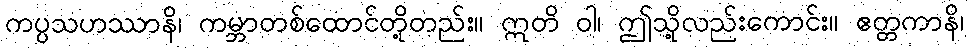
ကပ္ပသဟဿာနိ၊ ကမ္ဘာတစ်ထောင်တို့တည်း။ ဣတိ ဝါ၊ ဤသို့လည်းကောင်း။ ဧတ္တကာနိ၊